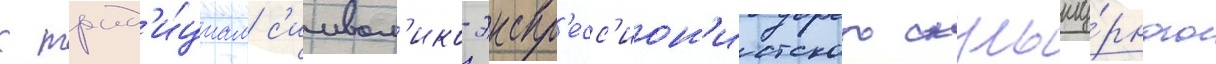
к трад'и́циам с'имвол'ико-экспр'есс'ион'истского скульпту́рного